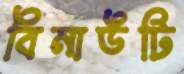
বিনাউটি